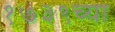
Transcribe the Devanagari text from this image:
१७३९च्या